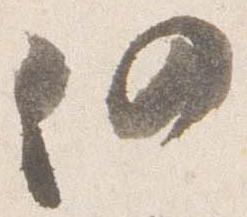
仍